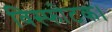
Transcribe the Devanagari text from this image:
विस्फोटक।